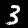
Digit: 3